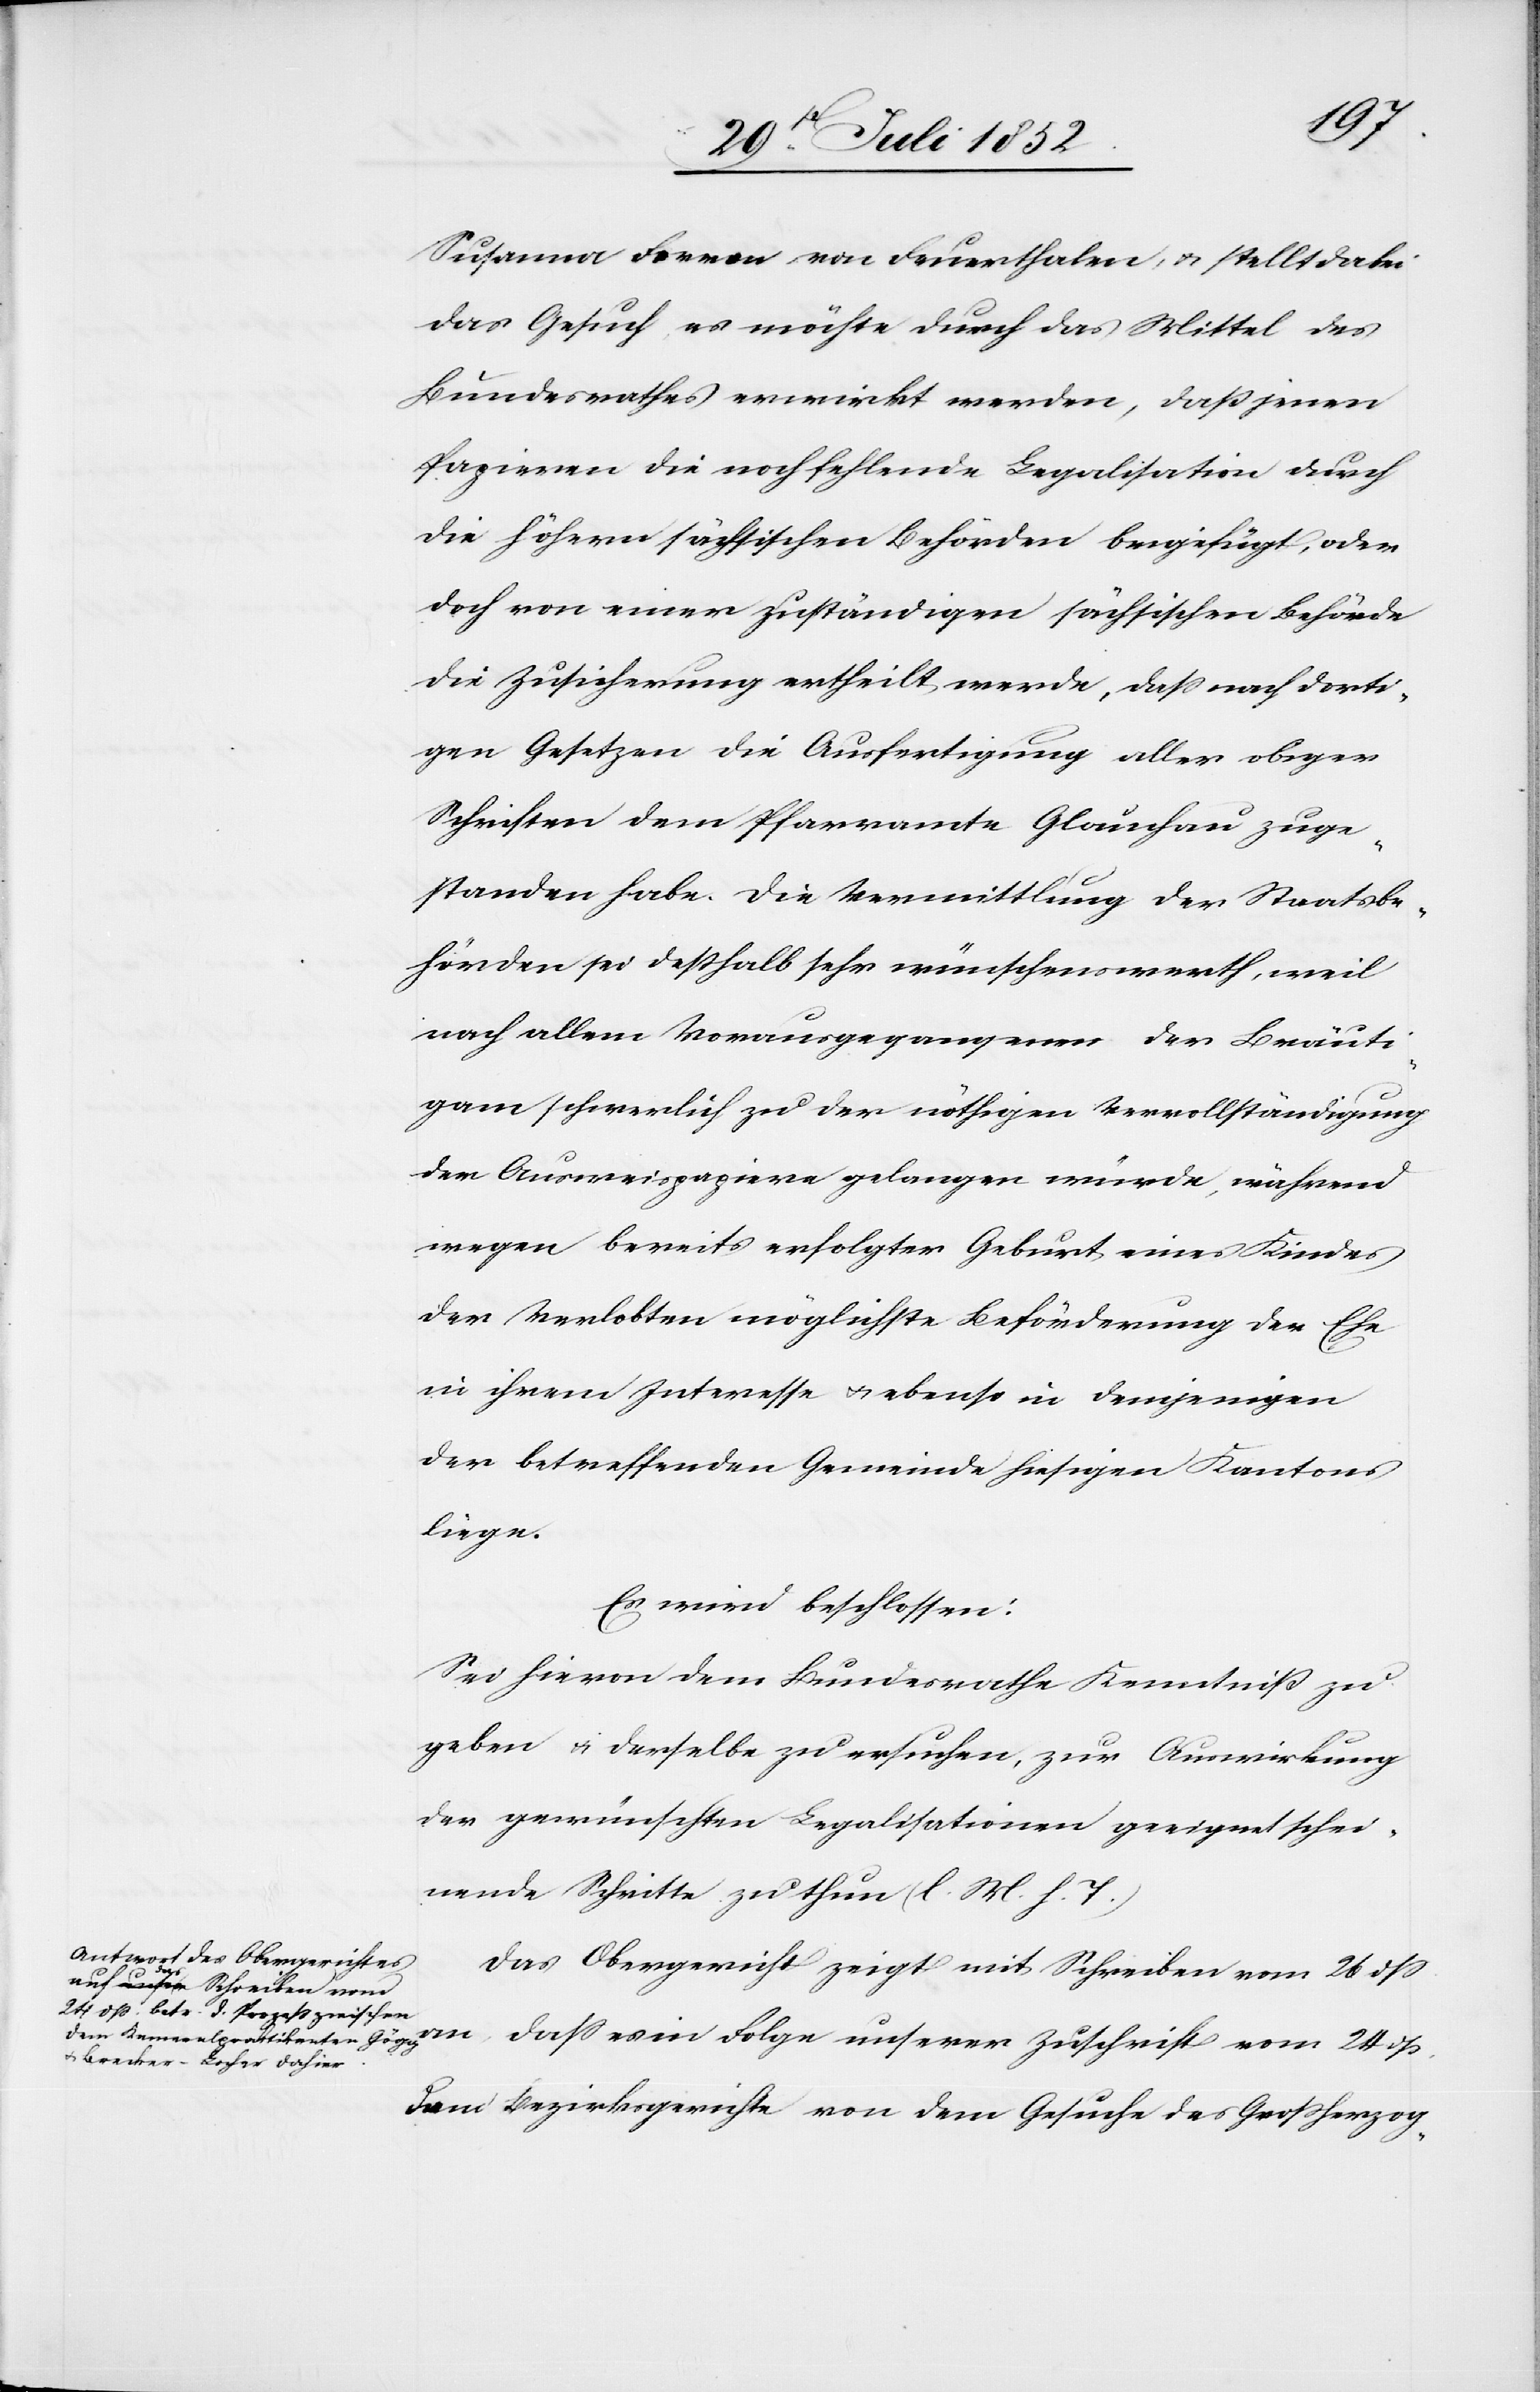
dß.
Susanna Ferron von Feuerthalen, & stellt dabei
das Gesuch, es möchte durch das Mittel des
Bundesrathes erwirkt werden, daß jenen
Papieren die noch fehlende Legalisation durch
die höhern sächsischen Behörden beigefügt, oder
doch von einer zuständigen sächsischen Behörde
die Zusicherung ertheilt werde, dass nach dorti¬
gen Gesetzen die Ausfertigung aller obiger
Schriften dem Pfarramte Glauchau zuge¬
standen habe. Die Vermittlung der Staatsbe¬
hörden sei desshalb sehr wünschenswerth, weil
nach allem Vorausgegangenen der Bräuti¬
gam schwerlich zu der nöthigen Vervollständigung
der Ausweispapiere gelangen würde, während
wegen bereits erfolgter Geburt eines Kindes
der Verlobten möglichste Beförderung der Ehe
in ihrem Interesse & ebenso in demjenigen
der betreffenden Gemeinde hiesigen Kantons
liege.
Es wird beschlossen:
Sei hievon dem Bundesrathe Kenntniß zu
geben & derselbe zu ersuchen, zur Auswirkung
der gewünschten Legalisationen geeignet schei¬
nende Schritte zu thun (l. M. h. T.)
Das Obergericht zeigt mit Schreiben vom 26 dss
dem Bezirksgerichte von dem Gesuche des Grossherzog-